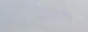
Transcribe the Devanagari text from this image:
पोकरी